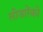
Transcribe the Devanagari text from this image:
लीजारेंको